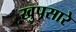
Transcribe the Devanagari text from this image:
खुपसारे